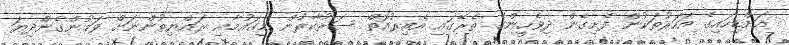
އަށްޑިހައިގެ އަހަރުތަކުން ފެށިގެން ދިވެހީންގެ ތެރޭގައި އެއިރުއޮތް ސަރުކާރުން މިގައުމާއި ރައްޔިތުންނަށް ވަމުންގެންދިޔަ